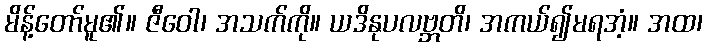
မိန့်တော်မူ၏။ ဇီဝေါ၊ အသက်ကို။ ယဒိနုပလဗ္ဘတိ၊ အကယ်၍မရအံ့။ အထ၊